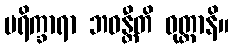
ပရိက္ခာရာ ဘဝန္တီတိ ဝုတ္တာနိ။